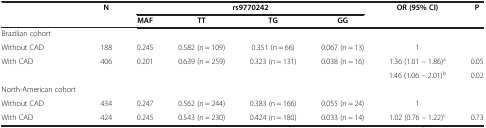
<table><thead><tr><td><b> </b></td><td><b>N</b></td><td colspan="4"><b>rs9770242</b></td><td><b>OR (95% CI)</b></td><td><b>P</b></td></tr><tr><td><b> </b></td><td><b> </b></td><td><b>MAF</b></td><td><b>TT</b></td><td><b>TG</b></td><td><b>GG</b></td><td><b> </b></td><td><b> </b></td></tr></thead><tbody><tr><td>Brazilian cohort</td><td> </td><td> </td><td> </td><td> </td><td> </td><td> </td><td> </td></tr><tr><td>Without CAD</td><td>188</td><td>0.245</td><td>0.582 (n = 109)</td><td>0.351 (n = 66)</td><td>0.067 (n = 13)</td><td>1</td><td> </td></tr><tr><td rowspan="2">With CAD</td><td rowspan="2">406</td><td rowspan="2">0.201</td><td rowspan="2">0.639 (n = 259)</td><td rowspan="2">0.323 (n = 131)</td><td rowspan="2">0.038 (n = 16)</td><td>1.36 (1.01 – 1.86)<sup>a</sup></td><td>0.05</td></tr><tr><td>1.46 (1.06 – 2.01)<sup>b</sup></td><td>0.02</td></tr><tr><td>North-American cohort</td><td> </td><td> </td><td> </td><td> </td><td> </td><td> </td><td> </td></tr><tr><td>Without CAD</td><td>434</td><td>0.247</td><td>0.562 (n = 244)</td><td>0.383 (n = 166)</td><td>0.055 (n = 24)</td><td>1</td><td> </td></tr><tr><td>With CAD</td><td>424</td><td>0.245</td><td>0.543 (n = 230)</td><td>0.424 (n = 180)</td><td>0.033 (n = 14)</td><td>1.02 (0.76 – 1.22)<sup>c</sup></td><td>0.73</td></tr></tbody></table>